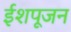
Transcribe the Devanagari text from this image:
ईशपूजन